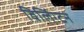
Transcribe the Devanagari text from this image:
विलिंग्टन